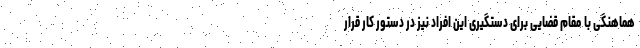
هماهنگی با مقام قضایی برای دستگیری این افراد نیز در دستور کار قرار